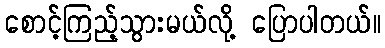
စောင့်ကြည့်သွားမယ်လို့ ပြောပါတယ်။